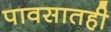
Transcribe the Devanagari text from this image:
पावसातही